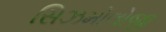
સિઝમોલોજી